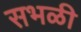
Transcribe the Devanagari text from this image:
सभळी